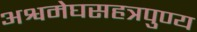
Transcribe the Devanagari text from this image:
अश्वमेघसहत्रपुण्य